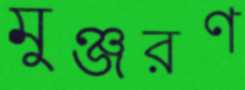
মুঞ্জরণ